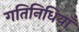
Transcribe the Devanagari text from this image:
गतिनिधियाँ